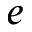
e